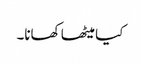
کیا میٹھا کھانا۔